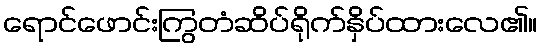
ရောင်ဖောင်းကြွတံဆိပ်ရိုက်နှိပ်ထားလေ၏။